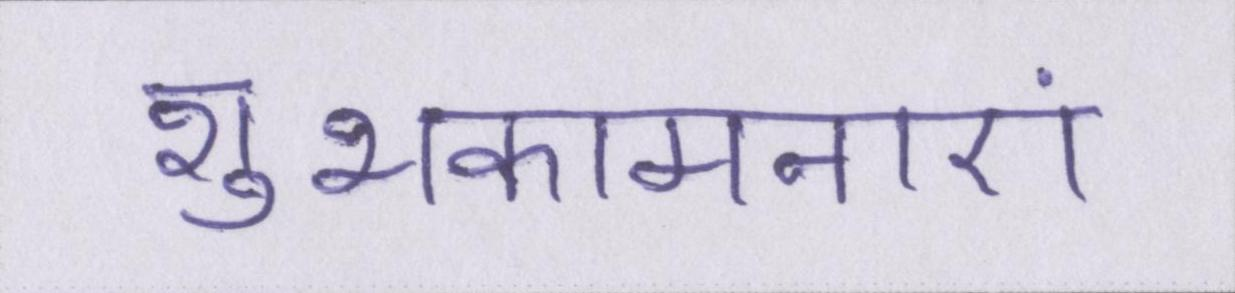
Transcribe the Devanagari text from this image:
शुभकामनाएं